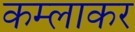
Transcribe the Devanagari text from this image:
कम्लाकर